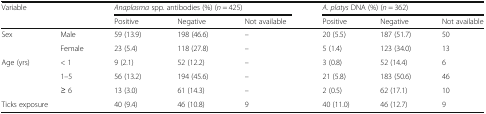
<table><thead><tr><td rowspan="2" colspan="2"><b>Variable</b></td><td colspan="3"><b><i>Anaplasma</i> spp. antibodies (%) (<i>n</i> = 425)</b></td><td colspan="3"><b><i>A. platys</i> DNA (%) (<i>n</i> = 362)</b></td></tr><tr><td><b>Positive</b></td><td><b>Negative</b></td><td><b>Not available</b></td><td><b>Positive</b></td><td><b>Negative</b></td><td><b>Not available</b></td></tr></thead><tbody><tr><td rowspan="2">Sex</td><td>Male</td><td>59 (13.9)</td><td>198 (46.6)</td><td>–</td><td>20 (5.5)</td><td>187 (51.7)</td><td>50</td></tr><tr><td>Female</td><td>23 (5.4)</td><td>118 (27.8)</td><td>–</td><td>5 (1.4)</td><td>123 (34.0)</td><td>13</td></tr><tr><td rowspan="3">Age (yrs)</td><td>&lt; 1</td><td>9 (2.1)</td><td>52 (12.2)</td><td>–</td><td>3 (0.8)</td><td>52 (14.4)</td><td>6</td></tr><tr><td>1–5</td><td>56 (13.2)</td><td>194 (45.6)</td><td>–</td><td>21 (5.8)</td><td>183 (50.6)</td><td>46</td></tr><tr><td>≥ 6</td><td>13 (3.0)</td><td>61 (14.3)</td><td>–</td><td>2 (0.5)</td><td>62 (17.1)</td><td>10</td></tr><tr><td colspan="2">Ticks exposure</td><td>40 (9.4)</td><td>46 (10.8)</td><td>9</td><td>40 (11.0)</td><td>46 (12.7)</td><td>9</td></tr></tbody></table>